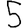
Digit: 5